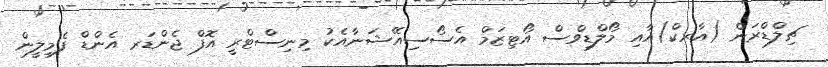
ޗިލްޑްރަން (އާރކް)އާއި މޯލްޑިވްސް އޯޓިޒަމް އެސޯސިއޭޝަނާއެކު މިނިސްޓްރީ އޮފް ޖެންޑަރ އެންޑް ފެމިލީން